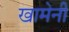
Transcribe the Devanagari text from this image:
खामेनी